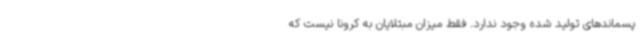
پسماندهای تولید شده وجود ندارد. فقط میزان مبتلایان به کرونا نیست که